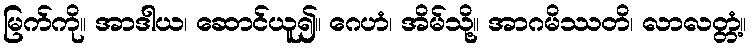
မြက်ကို။ အာဒါယ၊ ဆောင်ယူ၍။ ဂေဟံ၊ အိမ်သို့။ အာဂမိဿတိ၊ လာလတ္တံ့။